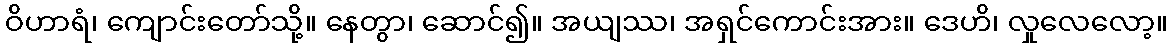
ဝိဟာရံ၊ ကျောင်းတော်သို့။ နေတွာ၊ ဆောင်၍။ အယျဿ၊ အရှင်ကောင်းအား။ ဒေဟိ၊ လှုလေလော့။